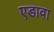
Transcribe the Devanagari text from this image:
एडावा